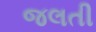
જલતી